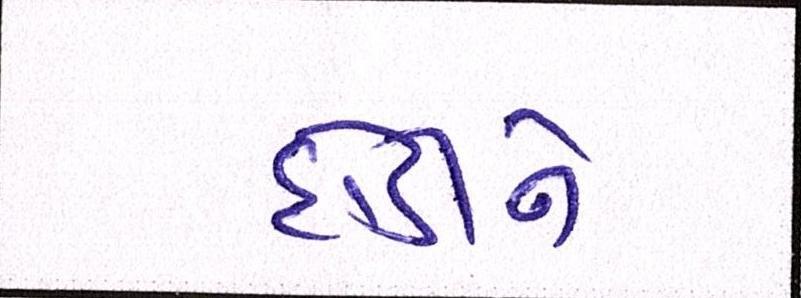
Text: દોડીને